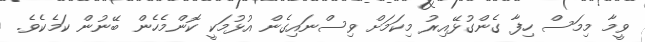
ވީމާ މިމަސް ހިފާ ގެންގުޅޭއިރު މިކަމަށް ވިސްނައިގެން އުޅުމަކީ ކޮންމެހެން ބޭނުން ކަމެކެވެ.